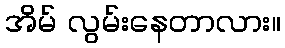
အိမ် လွမ်းနေတာလား။